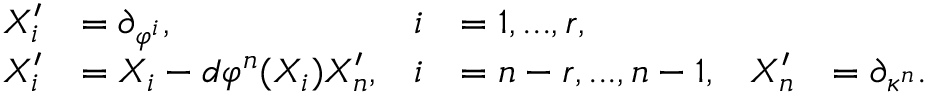
\begin{array} { r l r l r l } { X _ { i } ^ { \prime } } & { = \partial _ { \varphi ^ { i } } , } & { i } & { = 1 , . . . , r , } \\ { X _ { i } ^ { \prime } } & { = X _ { i } - d \varphi ^ { n } ( X _ { i } ) X _ { n } ^ { \prime } , } & { i } & { = n - r , . . . , n - 1 , } & { X _ { n } ^ { \prime } } & { = \partial _ { \kappa ^ { n } } . } \end{array}